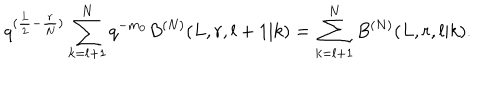
LaTeX: q ^ { ( \frac { L } { 2 } - \frac { r } { N } ) } \sum _ { k = l + 1 } ^ { N } q ^ { - m _ { 0 } } B ^ { ( N ) } ( L , r , l + 1 | k ) = \sum _ { k = l + 1 } ^ { N } B ^ { ( N ) } ( L , r , l | k ) .